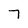
Character: 7